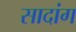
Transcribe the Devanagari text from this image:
सादांग